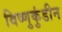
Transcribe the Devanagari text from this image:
विष्णुकुंडीन